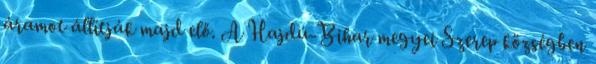
áramot állítják majd elő. A Hajdú-Bihar megyei Szerep községben